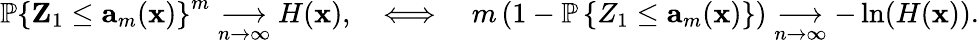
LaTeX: \mathbb{P}\left\{ \textbf{Z}_{1}\leq\textbf{a}_{m}(\textbf{x})\right\} ^{m}\underset{n\rightarrow\infty}{\longrightarrow}H(\textbf{x}),\quad\Longleftrightarrow\quad m\left(1-\mathbb{P}\left\{ Z_{1}\leq\textbf{a}_{m}(\textbf{x})\right\} \right)\underset{n\rightarrow\infty}{\longrightarrow}-\ln(H(\textbf{x})).